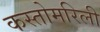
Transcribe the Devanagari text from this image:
कस्तोमरिली